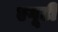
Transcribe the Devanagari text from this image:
एगूटी